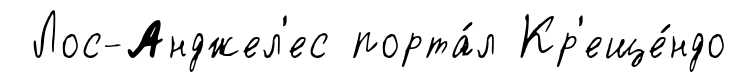
Лос-Анджел'ес порта́л Кр'еще́ндо